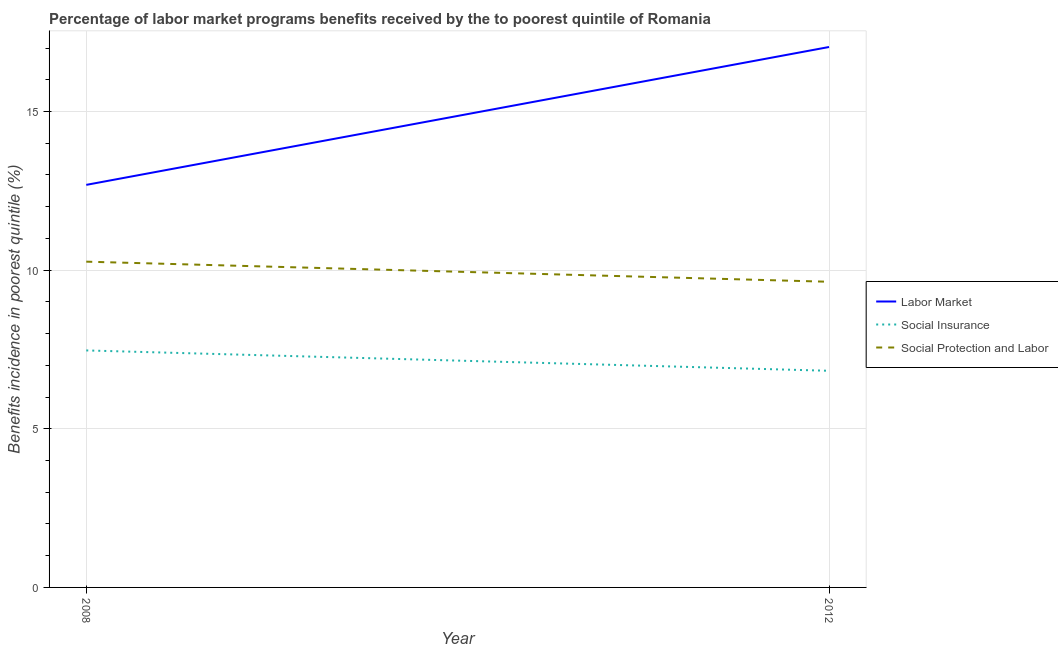
| Year | Labor Market | Social Insurance | Social Protection and Labor |
 | --- | --- | --- | --- |
 | 2008 | 12.7 | 7.47 | 10.3 |
 | 2012 | 17 | 6.83 | 9.63 |